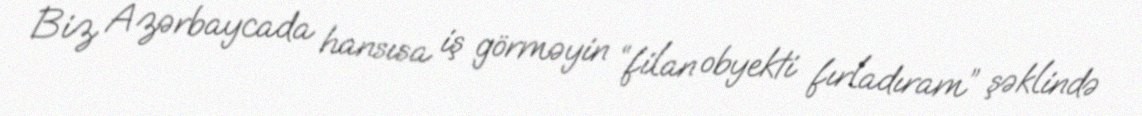
Biz Azərbaycada hansısa iş görməyin “filan obyekti fırladıram” şəklində